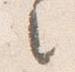
之